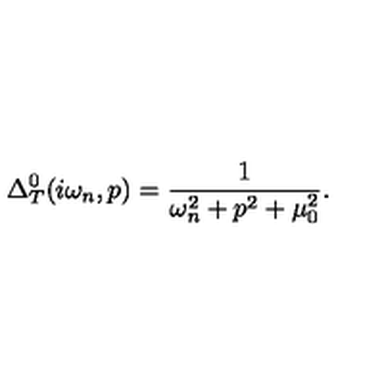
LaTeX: \Delta _ { T } ^ { 0 } ( i \omega _ { n } , p ) = \frac { 1 } { \omega _ { n } ^ { 2 } + p ^ { 2 } + \mu _ { 0 } ^ { 2 } } .